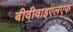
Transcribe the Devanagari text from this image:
बीवीवाइएलएफ